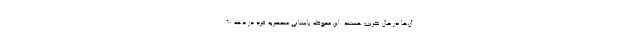
آن‌ها در حال تخریب هستند. این محوطه باستانی منحصربه فرد در دهه ۶۰